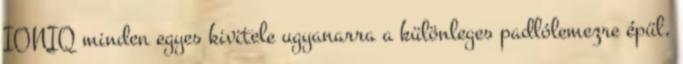
IONIQ minden egyes kivitele ugyanarra a különleges padlólemezre épül,